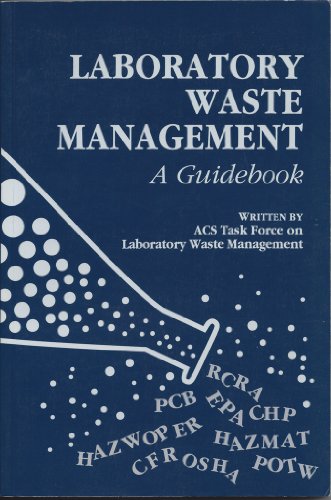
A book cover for Laboratory Waste Management: A Guidebook (ACS Miscellaneous); ACS Task Force on Laboratory Waste Management; Science & Math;